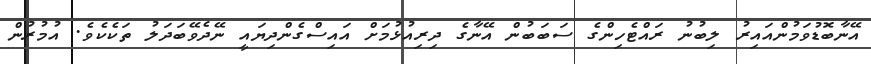
އޭނާބޮޑުވަމުންއައިރު ލިބުނު ރައްޓެހިންގެ ސަބަބުން އޭނާގެ ދިރިއުޅުމަށް އައިސްގެންދިޔައީ ނޭދެވޭބަދަލު ތަކެކެވެ. އުމުރުން